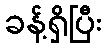
ခန့်ရှိပြီး